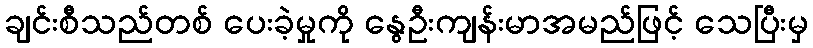
ချင်းစီသည်တစ် ပေးခဲ့မှုကို နွေဦးကျန်းမာအမည်ဖြင့် သေပြီးမှ